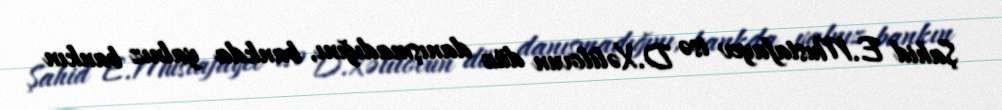
Şahid E.Mustafayev isə D.Xəlilovun düz danışmadığını, bankda yalnız bankın